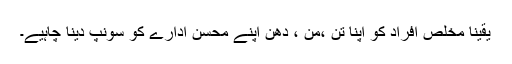
یقینا مخلص افراد کو اپنا تن ،من ، دھن اپنے محسن ادارے کو سونپ دینا چاہیے۔